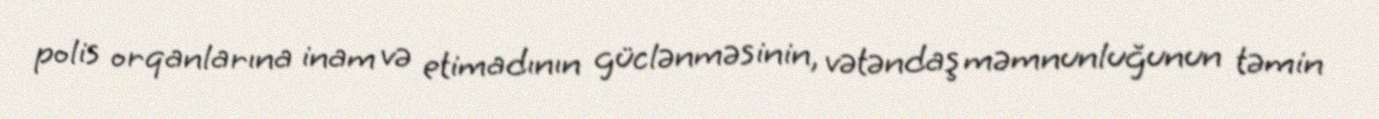
polis orqanlarına inam və etimadının güclənməsinin, vətəndaş məmnunluğunun təmin